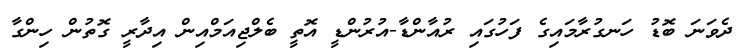
ދެވަނަ ބޮޑު ހަނގުރާމައިގެ ފަހުގައި ރުއާންޑާ-އުރުންޑީ އޮތީ ބެލްޖިއަމްއިން އިދާރީ ގޮތުން ހިންގާ